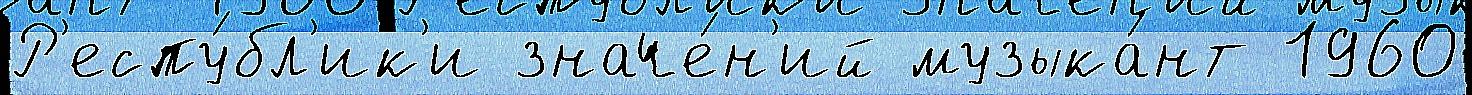
Р'еспу́бл'ик'и значе́н'ий музыка́нт 1960